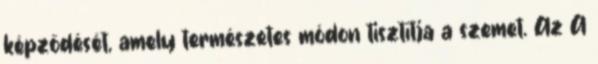
képződését, amely természetes módon tisztítja a szemet. Az A